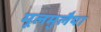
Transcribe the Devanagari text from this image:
मूलमुलैया